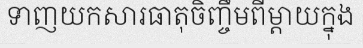
ទាញយកសារធាតុចិញ្ចឹមពីម្តាយក្នុង